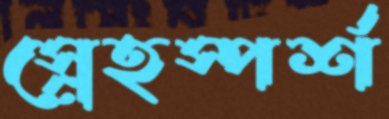
স্নেহস্পর্শ